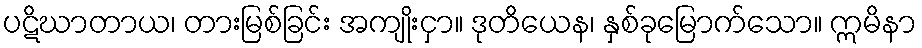
ပဋိဃာတာယ၊ တားမြစ်ခြင်း အကျိုးငှာ။ ဒုတိယေန၊ နှစ်ခုမြောက်သော။ ဣမိနာ